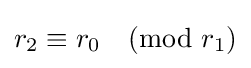
r_{2}\equiv r_{0}{\pmod {r_{1}}}